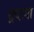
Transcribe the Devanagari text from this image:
द्रष्टया